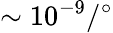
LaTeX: \sim 10^{-9}/{}^{\circ}